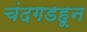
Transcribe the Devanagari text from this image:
चंदगडहून